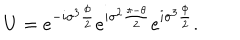
LaTeX: U = e ^ { - i { \sigma } ^ { 3 } \frac { \phi } { 2 } } e ^ { i { \sigma } ^ { 2 } \frac { \pi - \theta } { 2 } } e ^ { i { \sigma } ^ { 3 } \frac { \phi } { 2 } } .